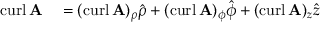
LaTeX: \begin{array} { r l } { \operatorname { c u r l } \mathbf { A } } & { { } = ( \operatorname { c u r l } \mathbf { A } ) _ { \rho } { \hat { \boldsymbol { \rho } } } + ( \operatorname { c u r l } \mathbf { A } ) _ { \phi } { \hat { \boldsymbol { \phi } } } + ( \operatorname { c u r l } \mathbf { A } ) _ { z } { \hat { \boldsymbol { z } } } } \end{array}